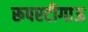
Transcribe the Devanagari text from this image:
रूपरटीगाऊ